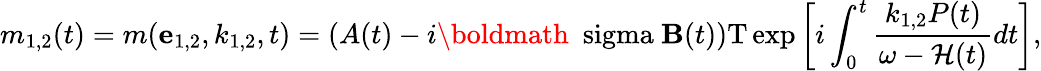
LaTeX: m_{1,2}(t)=m({\mathbf e}_{1,2},k_{1,2},t)=\left(A(t)-i\mathrm{\boldmath~\ sigma~}{\mathbf B}(t)\right)\mathrm{T}\exp\left[i\int_{0}^{t}\frac{k_{1,2}P(t)}{\omega-{\cal H}(t)}dt\right],